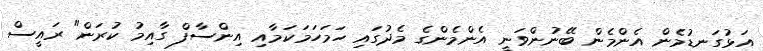
އަޅުގަނޑުމެން އެންމެން ބޭނުންވަނީ އެންމެންގެ މެދުގައި ހަމަހަމަކަމާއި އިންސާފް ގާއިމު ކުރަން" ރައީސް